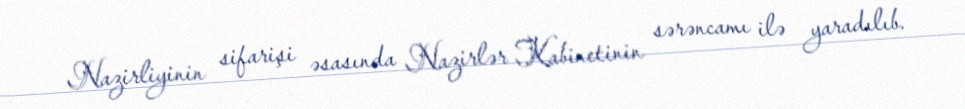
Nazirliyinin sifarişi əsasında Nazirlər Kabinetinin sərəncamı ilə yaradılıb.